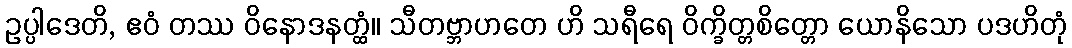
ဥပ္ပါဒေတိ, ဧဝံ တဿ ဝိနောဒနတ္ထံ။ သီတဗ္ဘာဟတေ ဟိ သရီရေ ဝိက္ခိတ္တစိတ္တော ယောနိသော ပဒဟိတုံ